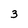
Character: 3